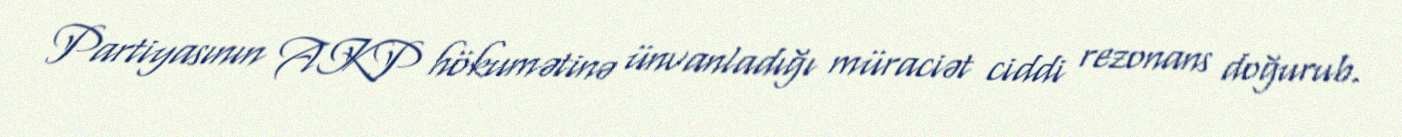
Partiyasının AKP hökumətinə ünvanladığı müraciət ciddi rezonans doğurub.